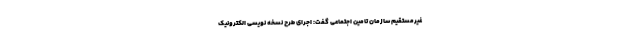
غیرمستقیم سازمان تامین اجتماعی گفت: اجرای طرح نسخه نویسی الکترونیک